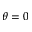
\theta = 0